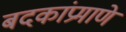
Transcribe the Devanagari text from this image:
बदकांप्रमाणे